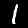
Digit: 1